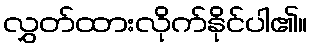
လွှတ်ထားလိုက်နိုင်ပါ၏။